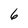
Character: 6